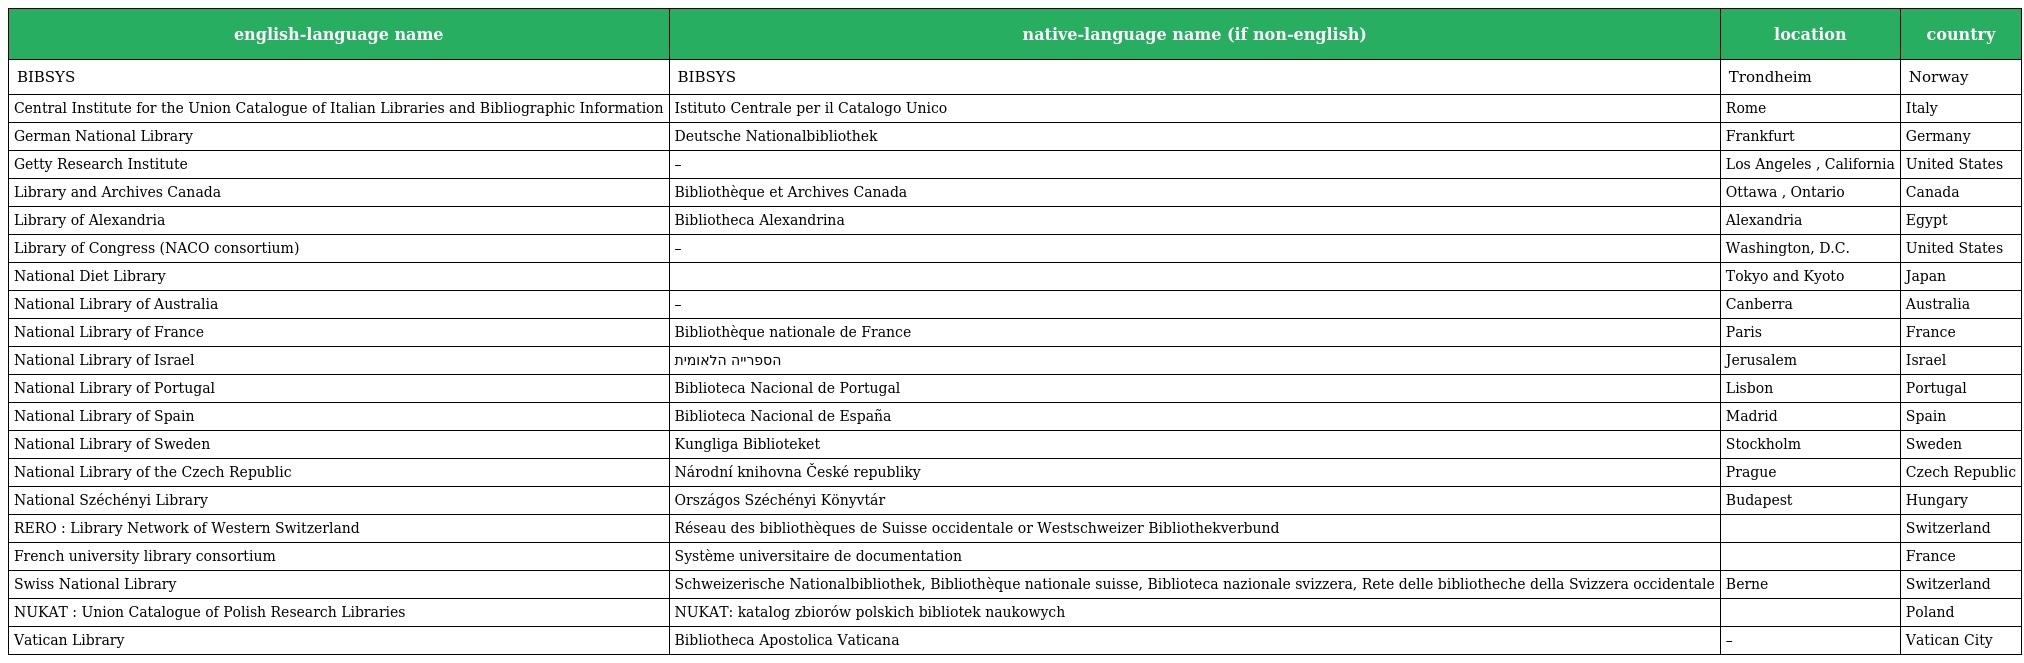
| english-language name | native-language name (if non-english) | location | country |
 | --- | --- | --- | --- |
 | BIBSYS | BIBSYS | Trondheim | Norway |
 | Central Institute for the Union Catalogue of Italian Libraries and Bibliographic Information | Istituto Centrale per il Catalogo Unico | Rome | Italy |
 | German National Library | Deutsche Nationalbibliothek | Frankfurt | Germany |
 | Getty Research Institute | – | Los Angeles , California | United States |
 | Library and Archives Canada | Bibliothèque et Archives Canada | Ottawa , Ontario | Canada |
 | Library of Alexandria | Bibliotheca Alexandrina | Alexandria | Egypt |
 | Library of Congress (NACO consortium) | – | Washington, D.C. | United States |
 | National Diet Library | 国立国会図書館 | Tokyo and Kyoto | Japan |
 | National Library of Australia | – | Canberra | Australia |
 | National Library of France | Bibliothèque nationale de France | Paris | France |
 | National Library of Israel | הספרייה הלאומית | Jerusalem | Israel |
 | National Library of Portugal | Biblioteca Nacional de Portugal | Lisbon | Portugal |
 | National Library of Spain | Biblioteca Nacional de España | Madrid | Spain |
 | National Library of Sweden | Kungliga Biblioteket | Stockholm | Sweden |
 | National Library of the Czech Republic | Národní knihovna České republiky | Prague | Czech Republic |
 | National Széchényi Library | Országos Széchényi Könyvtár | Budapest | Hungary |
 | RERO : Library Network of Western Switzerland | Réseau des bibliothèques de Suisse occidentale or Westschweizer Bibliothekverbund |  | Switzerland |
 | French university library consortium | Système universitaire de documentation |  | France |
 | Swiss National Library | Schweizerische Nationalbibliothek, Bibliothèque nationale suisse, Biblioteca nazionale svizzera, Rete delle bibliotheche della Svizzera occidentale | Berne | Switzerland |
 | NUKAT : Union Catalogue of Polish Research Libraries | NUKAT: katalog zbiorów polskich bibliotek naukowych |  | Poland |
 | Vatican Library | Bibliotheca Apostolica Vaticana | – | Vatican City |